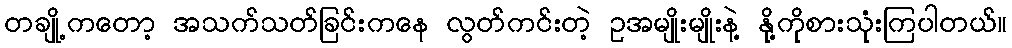
တချို့ကတော့ အသက်သတ်ခြင်းကနေ လွတ်ကင်းတဲ့ ဥအမျိုးမျိုးနဲ့ နို့ကိုစားသုံးကြပါတယ်။